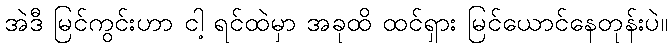
အဲဒီ မြင်ကွင်းဟာ ငါ့ ရင်ထဲမှာ အခုထိ ထင်ရှား မြင်ယောင်နေတုန်းပဲ။